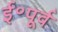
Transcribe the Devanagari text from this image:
ई॰पूर्व